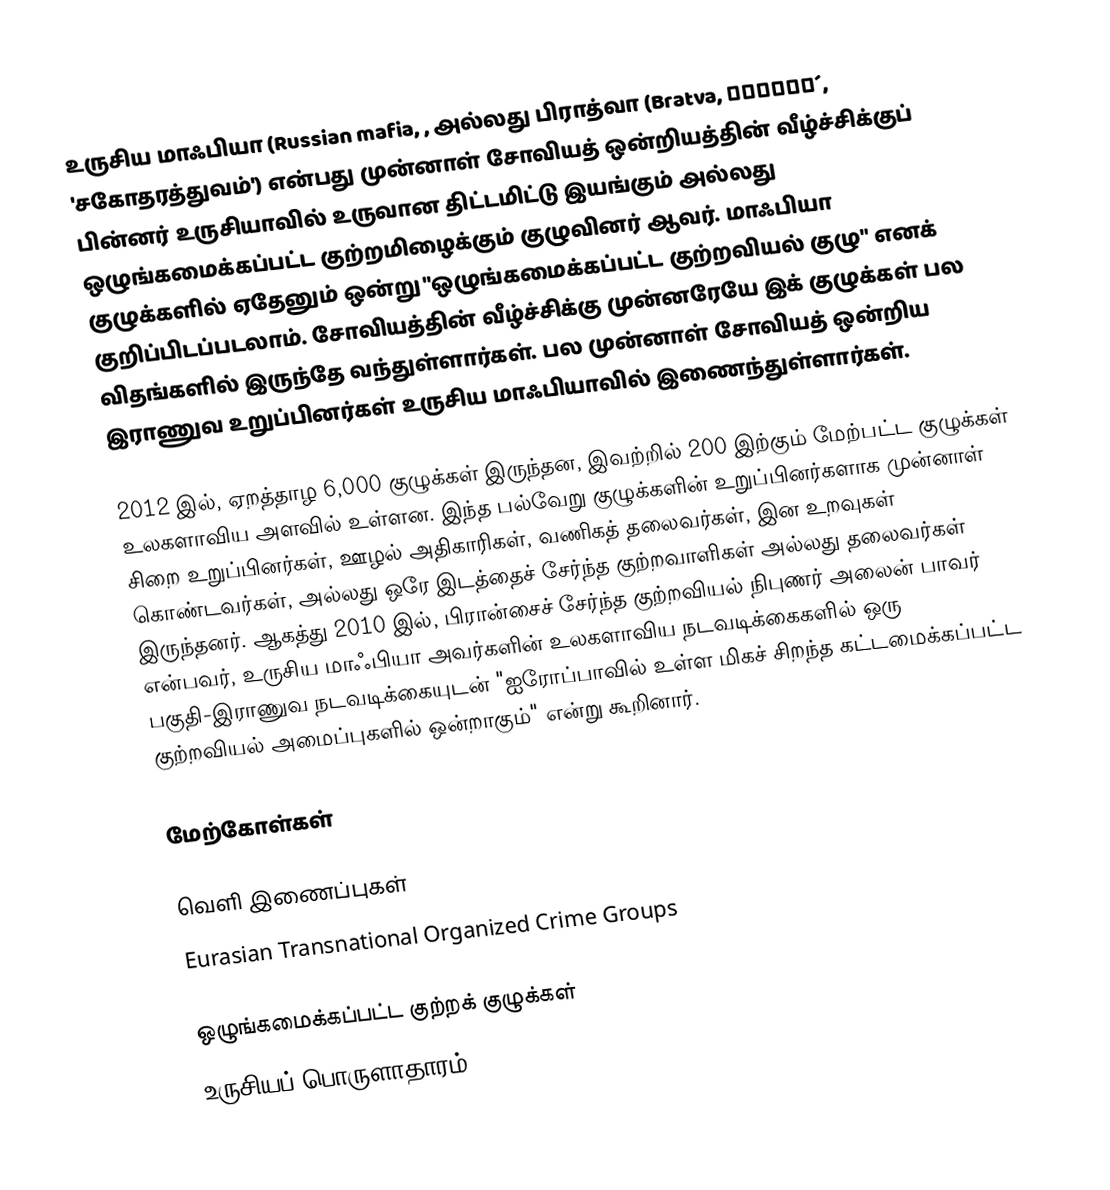
உருசிய மாஃபியா (Russian mafia, , அல்லது பிராத்வா (Bratva, братва́, 'சகோதரத்துவம்') என்பது முன்னாள் சோவியத் ஒன்றியத்தின் வீழ்ச்சிக்குப் பின்னர் உருசியாவில் உருவான திட்டமிட்டு இயங்கும் அல்லது ஒழுங்கமைக்கப்பட்ட குற்றமிழைக்கும் குழுவினர் ஆவர். மாஃபியா குழுக்களில் ஏதேனும் ஒன்று "ஒழுங்கமைக்கப்பட்ட குற்றவியல் குழு" எனக் குறிப்பிடப்படலாம். சோவியத்தின் வீழ்ச்சிக்கு முன்னரேயே இக் குழுக்கள் பல விதங்களில் இருந்தே வந்துள்ளார்கள். பல முன்னாள் சோவியத் ஒன்றிய இராணுவ உறுப்பினர்கள் உருசிய மாஃபியாவில் இணைந்துள்ளார்கள்.

2012 இல், ஏறத்தாழ 6,000 குழுக்கள் இருந்தன, இவற்றில் 200 இற்கும் மேற்பட்ட குழுக்கள் உலகளாவிய அளவில் உள்ளன. இந்த பல்வேறு குழுக்களின் உறுப்பினர்களாக முன்னாள் சிறை உறுப்பினர்கள், ஊழல் அதிகாரிகள், வணிகத் தலைவர்கள், இன உறவுகள் கொண்டவர்கள், அல்லது ஒரே இடத்தைச் சேர்ந்த குற்றவாளிகள் அல்லது தலைவர்கள் இருந்தனர். ஆகத்து 2010 இல், பிரான்சைச் சேர்ந்த குற்றவியல் நிபுணர் அலைன் பாவர் என்பவர், உருசிய மாஃபியா அவர்களின் உலகளாவிய நடவடிக்கைகளில் ஒரு பகுதி-இராணுவ நடவடிக்கையுடன் "ஐரோப்பாவில் உள்ள மிகச் சிறந்த கட்டமைக்கப்பட்ட குற்றவியல் அமைப்புகளில் ஒன்றாகும்" என்று கூறினார்.

மேற்கோள்கள்

வெளி இணைப்புகள்
 Eurasian Transnational Organized Crime Groups

ஒழுங்கமைக்கப்பட்ட குற்றக் குழுக்கள்
உருசியப் பொருளாதாரம்